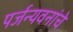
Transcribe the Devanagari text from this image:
पर्जन्यवनांचे